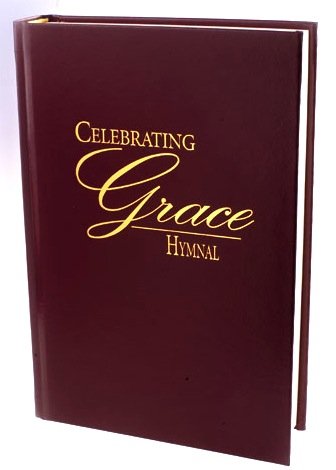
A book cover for Celebrating Grace Hymnal - Burgundy Pew Edition; Christian Books & Bibles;